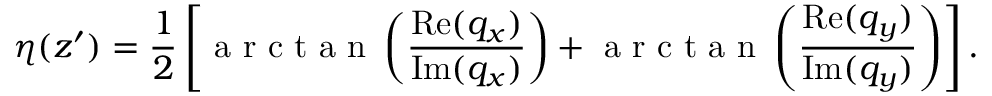
\eta ( z ^ { \prime } ) = \frac { 1 } { 2 } \left[ \mathrm { ~ a ~ r ~ c ~ t ~ a ~ n ~ } \left( \frac { \operatorname { R e } ( q _ { x } ) } { \operatorname { I m } ( q _ { x } ) } \right) + \mathrm { ~ a ~ r ~ c ~ t ~ a ~ n ~ } \left( \frac { \operatorname { R e } ( q _ { y } ) } { \operatorname { I m } ( q _ { y } ) } \right) \right] .